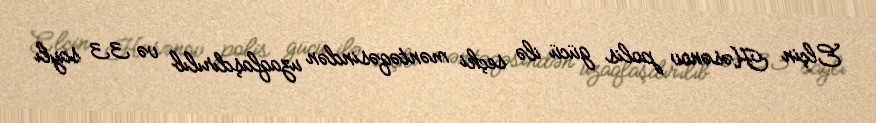
Elçin Həsənov polis gücü ilə seçki məntəqəsindən uzaqlaşdırılıb və 33 saylı